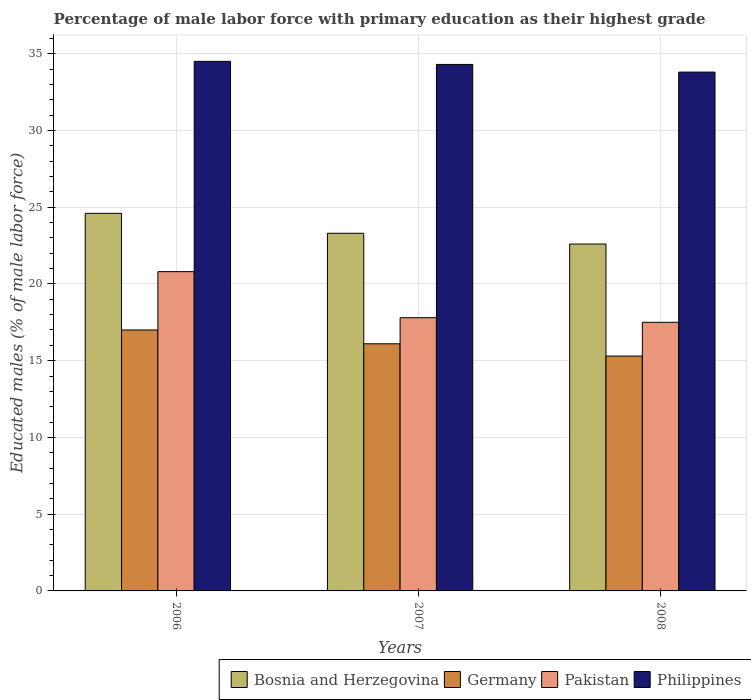
| Years | Bosnia and Herzegovina | Germany | Pakistan | Philippines |
 | --- | --- | --- | --- | --- |
 | 2006 | 24.6 | 17 | 20.8 | 34.5 |
 | 2007 | 23.3 | 16.1 | 17.8 | 34.3 |
 | 2008 | 22.6 | 15.3 | 17.5 | 33.8 |